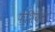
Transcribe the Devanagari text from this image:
फ़ेशियल।